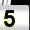
Digit: 5